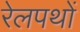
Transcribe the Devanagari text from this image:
रेलपथों